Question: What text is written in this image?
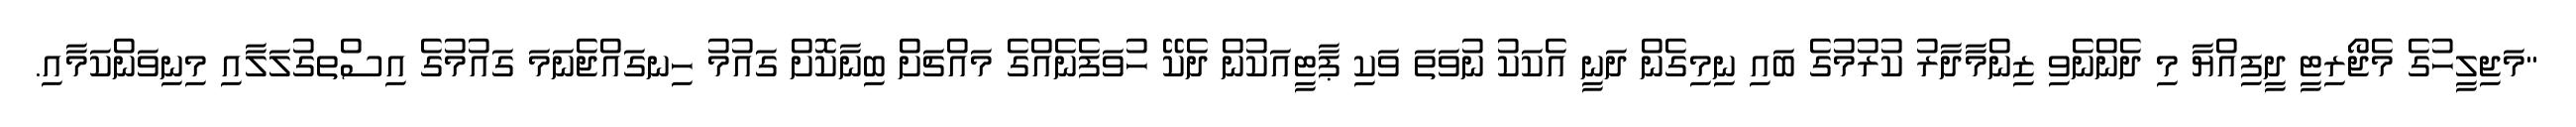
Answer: "މަޖިލީހުގެ މެޖޯރިޓީ ދީފިއްޔާ މި ދެންނެވި ޒިންމާދާރު ކުރުމުގެ ބައި ނިމިގެން ދަނީ އެކަކު ނުވަތަ ވަކި ޕާޓީއަކުން ދެކޭ ހުވަފެނެއްގެ މައްޗަށް ބިނާކޮށް ގައުމު ހިނގައްޖެނަމަ ގައުމުގެ އިސްތގުލަލާއި މިނިވަންކަމާއި.